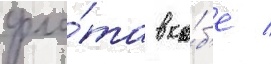
фло́та в ко́б'е /